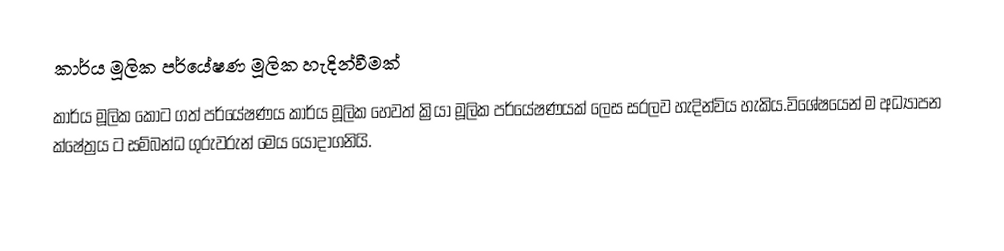
කාර්ය මූලික පර්යේෂණ මූලික හැදින්වීමක්
කාර්ය මූලික කොට ගත් පර්යේෂණය කාර්ය මූලික හෙවත් ක්‍රියා මූලික පර්යේෂණයක් ලෙස සරලව හැදින්විය හැකිය.විශේෂයෙන් ම අධ්‍යාපන ක්ෂේත්‍රය ට සම්බන්ධ ගුරුවරුන් මෙය යොදාගනියි.